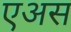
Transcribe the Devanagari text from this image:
एअस